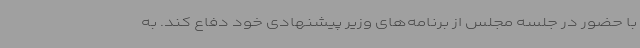
با حضور در جلسه مجلس از برنامه‌های وزیر پیشنهادی خود دفاع کند. به